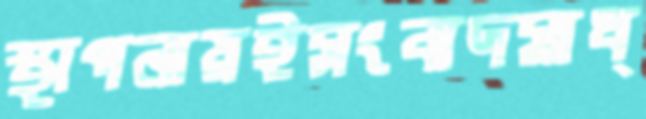
স্থাপনায়ইসংবাদমাধ্